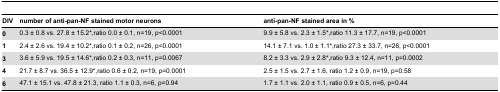
| DIV | number of anti-pan-NF stained motor neurons | anti-pan-NF stained area in % |
 | --- | --- | --- |
 | 0 | 0.3 ± 0.8 vs. 27.8 ± 15.2*,ratio 0.0 ± 0.1, n=19, p<0.0001 | 9.9 ± 5.8 vs. 2.3 ± 1.5*,ratio 11.3 ± 17.7, n=19, p<0.0001 |
 | 1 | 2.4 ± 2.6 vs. 19.4 ± 10.2*,ratio 0.1 ± 0.2, n=26, p<0.0001 | 14.1 ± 7.1 vs. 1.0 ± 1.1*,ratio 27.3 ± 33.7, n=26, p<0.0001 |
 | 3 | 3.6 ± 5.9 vs. 19.5 ± 14.6*,ratio 0.2 ± 0.3, n=11, p=0.0067 | 8.2 ± 3.3 vs. 2.9 ± 2.8*,ratio 9.3 ± 12.4, n=11, p=0.0002 |
 | 4 | 21.7 ± 8.7 vs. 36.5 ± 12.9*,ratio 0.6 ± 0.2, n=19, p=0.0001 | 2.5 ± 1.5 vs. 2.7 ± 1.6, ratio 1.2 ± 0.9, n=19, p=0.58 |
 | 6 | 47.1 ± 15.1 vs. 47.8 ± 21.3, ratio 1.1 ± 0.3, n=6, p=0.94 | 1.7 ± 1.1 vs. 2.0 ± 1.1, ratio 0.9 ± 0.5, n=6, p=0.44 |